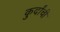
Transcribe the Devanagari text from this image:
कुर्दांची